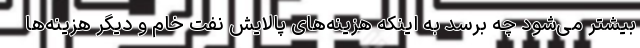
بیشتر می‌شود چه برسد به اینکه هزینه‌های پالایش نفت خام و دیگر هزینه‌ها